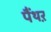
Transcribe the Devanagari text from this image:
पैंथऱ